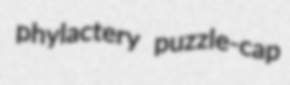
phylactery puzzle-cap